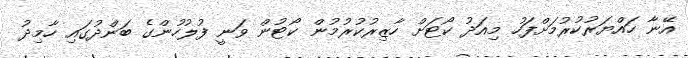
އޭނާ ހައްޔަރުކުރުމަށްފަހު މިއަދު ކޯޓަށް ހާޒިރުކުރުމުން ކޯޓުން ވަނީ ފުލުހުންގެ ބަންދުގައި ހާމިދު